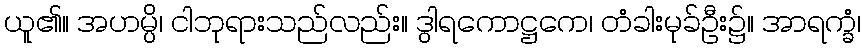
ယူ၏။ အဟမ္ပိ၊ ငါဘုရားသည်လည်း။ ဒွါရကောဋ္ဌကေ၊ တံခါးမုခ်ဦး၌။ အာရက္ခံ၊